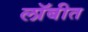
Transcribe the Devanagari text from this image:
लॉबीत